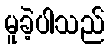
မူခဲ့ပါသည်